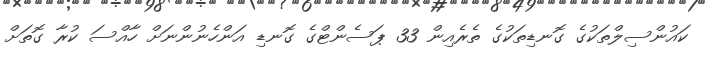
ކައުންސިލްތަކުގެ ގޮނޑިތަކުގެ ތެރެއިން 33 ޕަސެންޓްގެ ގޮނޑި އަންހެނުންނަށް ހާއްސަ ކުރާ ގޮތަށް